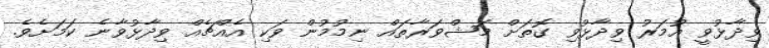
ވިދާޅުވީ އުމަރު ވިދާޅުވި ގޮތަށް މަޝްވަރާތައް ނިމުމުން ވަކި އެއްޗެއް ވިދާޅުވާނެ ކަމަށެވެ.